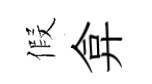
假弇